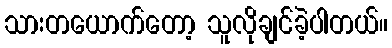
သားတယောက်တော့ သူလိုချင်ခဲ့ပါတယ်။